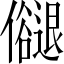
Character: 𠑉